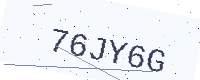
Text: 76JY6G